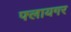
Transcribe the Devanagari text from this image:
फ्लायगर